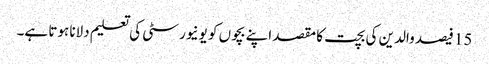
15 فیصد والدین کی بچت کا مقصد اپنے بچوں کو یونیورسٹی کی تعلیم دلانا ہوتا ہے۔